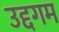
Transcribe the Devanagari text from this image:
उद्दगम